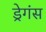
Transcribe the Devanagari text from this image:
ड्रेगंस